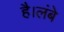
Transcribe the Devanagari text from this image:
है।लंबे